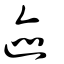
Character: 迹